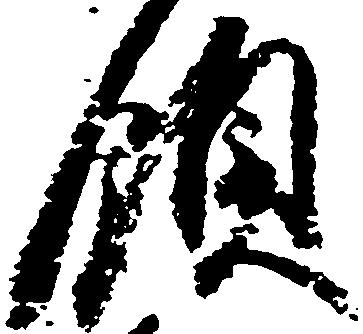
領